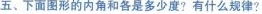
五、下面图形的内角和各是多少度?有什么规律